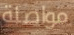
مواصلة